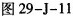
图29-J-11